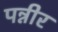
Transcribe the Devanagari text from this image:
पन्नीर